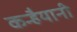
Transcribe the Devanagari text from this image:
कन्हैयानी